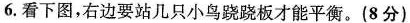
6.看下图，右边要站几只小鸟跷跷板才能平衡。（8分）